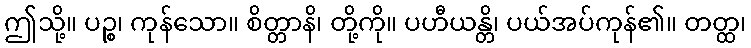
ဤသို့။ ပဉ္စ၊ ကုန်သော။ စိတ္တာနိ၊ တို့ကို။ ပဟီယန္တိ၊ ပယ်အပ်ကုန်၏။ တတ္ထ၊